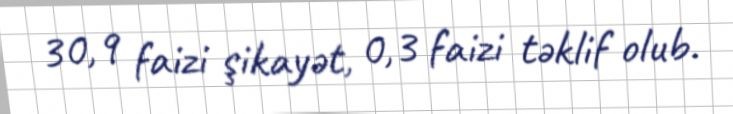
30,9 faizi şikayət, 0,3 faizi təklif olub.